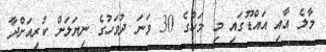
މާލެ އާއި އައްޑޫގައި މި މަހުގެ 30 ވަނަ ދުވަހުގެ ނިޔަލަށް ކުރިއަށްދާ